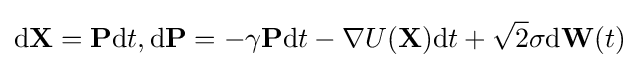
\mathbf {{\rm {d}}{X}} =\mathbf {P} {\rm {d}}t,\mathbf {{\rm {d}}{P}} =-\gamma \mathbf {P} {\rm {d}}t-\nabla U(\mathbf {X} ){\rm {d}}t+{\sqrt {2}}\sigma {\rm {d}}\mathbf {W} (t)